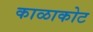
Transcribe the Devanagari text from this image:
काळाकोट